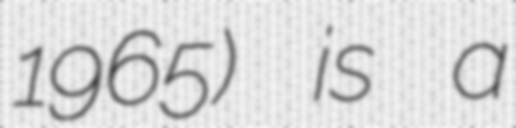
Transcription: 1965) is a